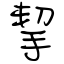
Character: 挈